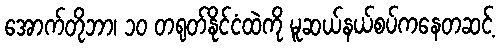
အောက်တိုဘာ၊ ၁၀ တရုတ်နိုင်ငံထဲကို မူဆယ်နယ်စပ်ကနေတဆင့်